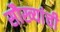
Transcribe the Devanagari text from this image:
सौख्यांची